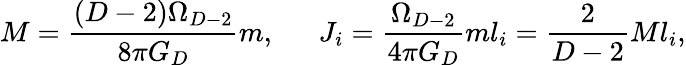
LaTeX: M={\frac{(D-2)\Omega_{D-2}}{8\pi G_{D}}}m,\ \ \ \ \ \ J_{i}={\frac{\Omega_{D-2}}{4\pi G_{D}}}ml_{i}={\frac{2}{D-2}}Ml_{i},